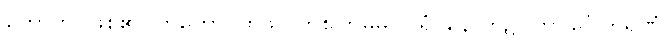
ဟောတိ၊ ဖြစ်၏။ တတော၊ ထိုဖိုလ်တစ်ကြိမ်မှ။ ပရံ၊ နောက်၌။ ဘဝင်္ဂေါတရဏံ၊